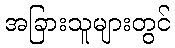
အခြားသူများတွင်